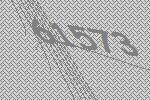
61573